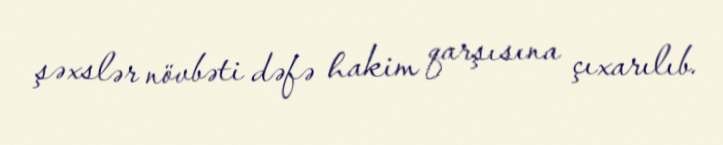
şəxslər növbəti dəfə hakim qarşısına çıxarılıb.